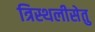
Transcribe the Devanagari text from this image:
त्रिस्थलीसेतु